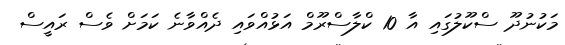
މަކުނުދޫ ސްކޫލުގައި އާ 10 ކްލާސްރޫމް އަޅުއްވައި ދެއްވާނެ ކަމަށް ވެސް ރައީސް